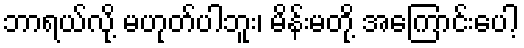
ဘာရယ်လို့ မဟုတ်ပါဘူး၊ မိန်းမတို့ အကြောင်းပေါ့